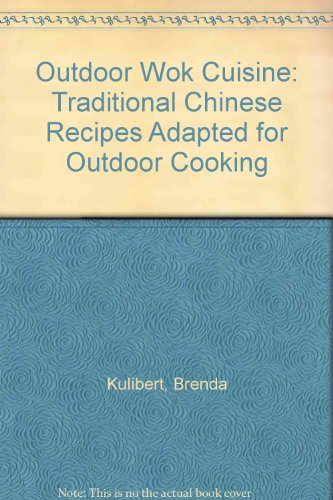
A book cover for Outdoor Wok Cuisine: Traditional Chinese Recipes Adapted for Outdoor Cooking; Brenda Kulibert; Cookbooks, Food & Wine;